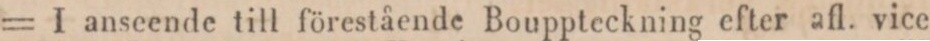
= I anseende till förestående Bouppteckning efter afl. vice